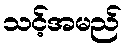
သင့်အမည်